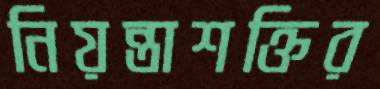
নিয়ন্তাশক্তির